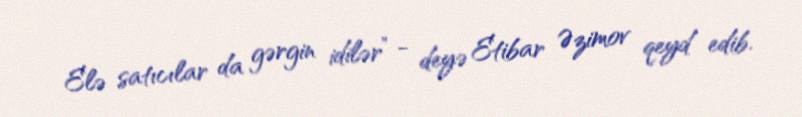
Elə satıcılar da gərgin idilər” - deyə Etibar Əzimov qeyd edib.